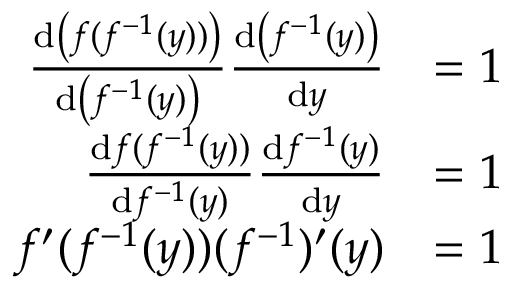
{ \begin{array} { r l } { { \frac { \mathrm { d } \left( f ( f ^ { - 1 } ( y ) ) \right) } { \mathrm { d } \left( f ^ { - 1 } ( y ) \right) } } { \frac { \mathrm { d } \left( f ^ { - 1 } ( y ) \right) } { \mathrm { d } y } } } & { = 1 } \\ { { \frac { \mathrm { d } f ( f ^ { - 1 } ( y ) ) } { \mathrm { d } f ^ { - 1 } ( y ) } } { \frac { \mathrm { d } f ^ { - 1 } ( y ) } { \mathrm { d } y } } } & { = 1 } \\ { f ^ { \prime } ( f ^ { - 1 } ( y ) ) ( f ^ { - 1 } ) ^ { \prime } ( y ) } & { = 1 } \end{array} }